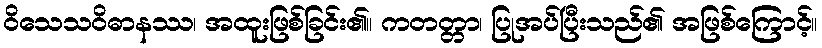
ဝိသေသဝိဓာနဿ၊ အထူးဖြစ်ခြင်း၏။ ကတတ္တာ၊ ပြုအပ်ပြီးသည်၏ အဖြစ်ကြောင့်။